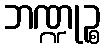
ဘဏ္ဍုဉ္စ